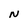
Character: N